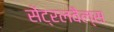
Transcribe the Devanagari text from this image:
सेंट्रलवैल्स